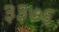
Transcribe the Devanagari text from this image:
३३७६